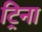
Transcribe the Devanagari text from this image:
ट्रिना